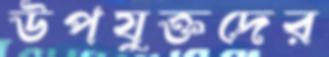
উপযুক্তদের